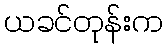
ယခင်တုန်းက